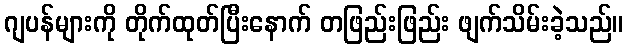
ဂျပန်များကို တိုက်ထုတ်ပြီးနောက် တဖြည်းဖြည်း ဖျက်သိမ်းခဲ့သည်။